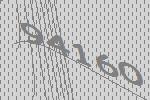
94160